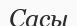
Сасы